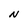
Character: N